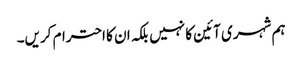
ہم شہری آئین کا نہیں بلکہ ان کا احترام کریں۔